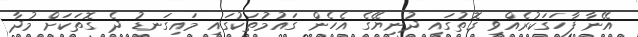
އޭނާ ފާހަގަކުރެއްވި ގޮތުގައި ދުނިޔޭގެ އެހެން ގައުމުތަކުގައި މައިގަނޑު ދެ ގޮތަކަށް މުދާ